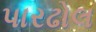
પારઢોલ